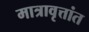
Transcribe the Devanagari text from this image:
मात्रावृत्तांत